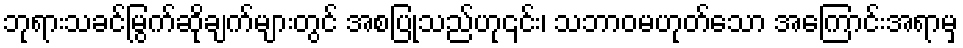
ဘုရားသခင်မြွက်ဆိုချက်များတွင် အစပြုသည်ဟု၎င်း၊ သဘာဝမဟုတ်သော အကြောင်းအရာမှ